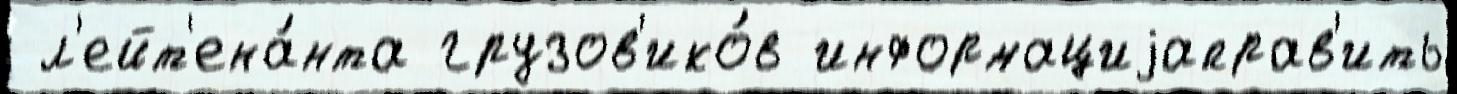
 л'ейт'ена́нта грузов'ико́в информациjаправ'ить